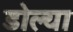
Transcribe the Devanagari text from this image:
डोल्या